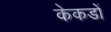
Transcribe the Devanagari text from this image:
केकडों